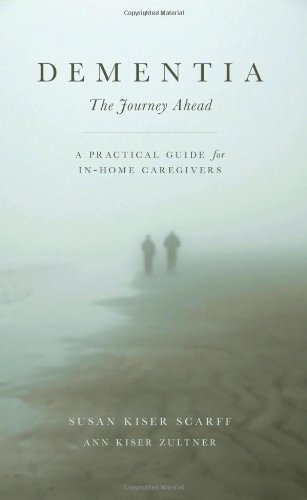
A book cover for Dementia: The Journey Ahead - A Practical Guide for In-Home Caregivers; Susan Kiser Scarff; Health, Fitness & Dieting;